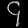
Digit: ၄